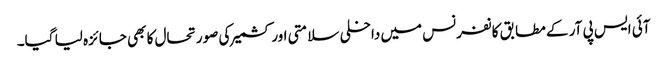
آئی ایس پی آر کے مطابق کانفرنس میں داخلی سلامتی اور کشمیر کی صورتحال کا بھی جائزہ لیا گیا۔